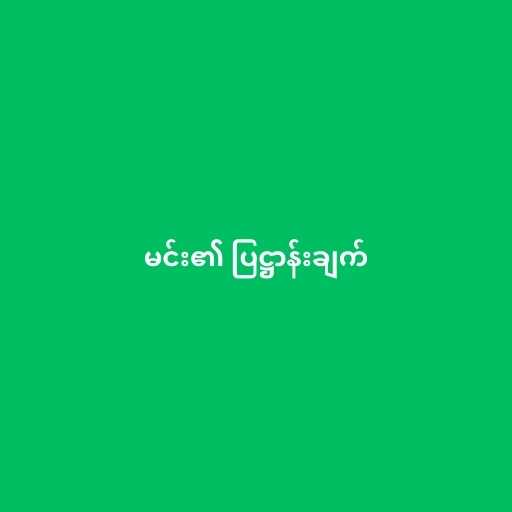
မင်း၏ ပြဋ္ဌာန်းချက်